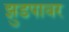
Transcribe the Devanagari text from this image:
झुडपावर